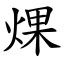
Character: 㷄